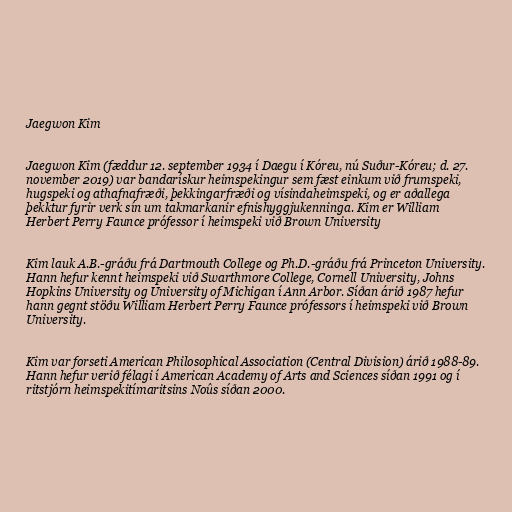
Jaegwon Kim

Jaegwon Kim (fæddur 12. september 1934 í Daegu í Kóreu, nú Suður-Kóreu; d. 27.
november 2019) var bandarískur heimspekingur sem fæst einkum við frumspeki,
hugspeki og athafnafræði, þekkingarfræði og vísindaheimspeki, og er aðallega
þekktur fyrir verk sín um takmarkanir efnishyggjukenninga. Kim er William
Herbert Perry Faunce prófessor í heimspeki við Brown University

Kim lauk A.B.-gráðu frá Dartmouth College og Ph.D.-gráðu frá Princeton University.
Hann hefur kennt heimspeki við Swarthmore College, Cornell University, Johns
Hopkins University og University of Michigan í Ann Arbor. Síðan árið 1987 hefur
hann gegnt stöðu William Herbert Perry Faunce prófessors í heimspeki við Brown
University.

Kim var forseti American Philosophical Association (Central Division) árið 1988-89.
Hann hefur verið félagi í American Academy of Arts and Sciences síðan 1991 og í
ritstjórn heimspekitímaritsins Noûs síðan 2000.